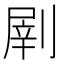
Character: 𠞂